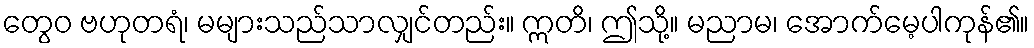
တွေဝ ဗဟုတရံ၊ မများသည်သာလျှင်တည်း။ ဣတိ၊ ဤသို့။ မညာမ၊ အောက်မေ့ပါကုန်၏။